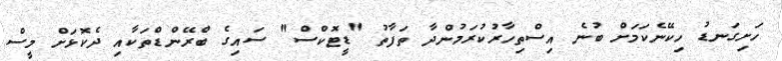
ހަށިގަނޑު ހިކޭނެކަމަށް ބުނެ އިސްތިހާރުކުރަމުންދާ ތަފާތު "ޑީޓޮކްސް" ސައިގެެ ބްރޭންޑްތަކާއި ދެކޮޅަށް މީސް